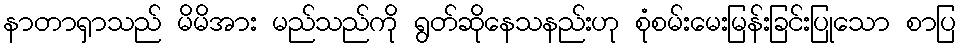
နာတာရှာသည် မိမိအား မည်သည်ကို ရွတ်ဆိုနေသနည်းဟု စုံစမ်းမေးမြန်းခြင်းပြုသော စာပြ